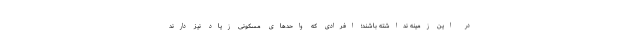
در این زمینه نداشته باشند؛ افرادی که واحد‌های مسکونی زیاد نیز دارند